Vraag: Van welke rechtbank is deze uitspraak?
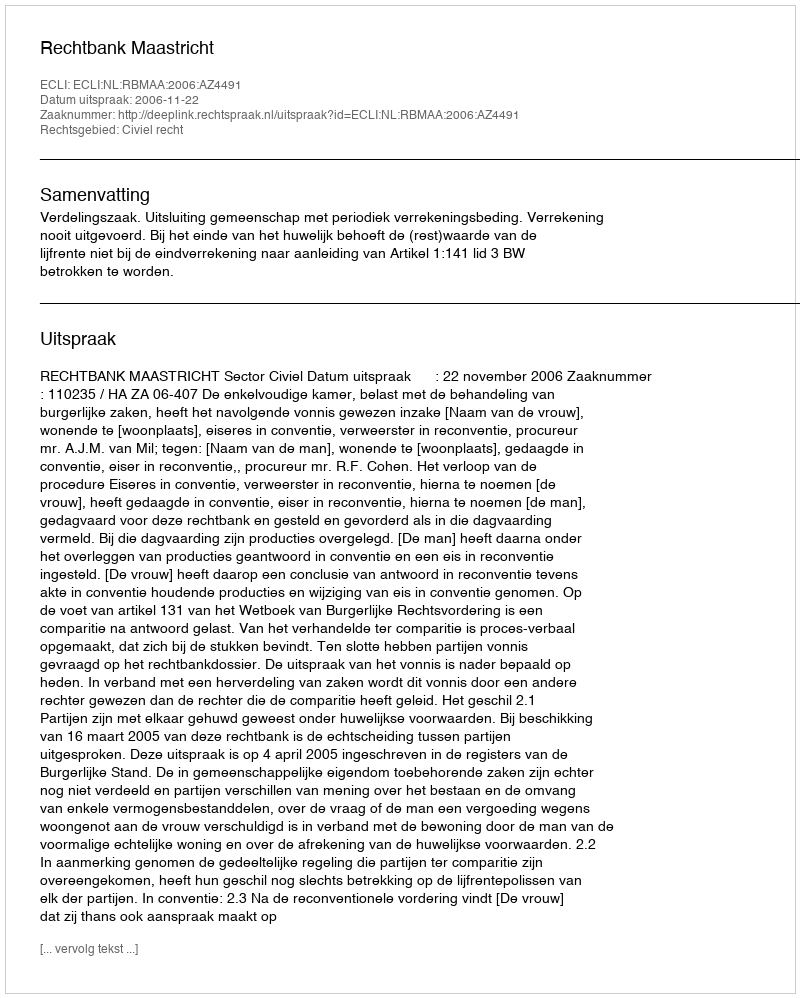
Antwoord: Rechtbank Maastricht